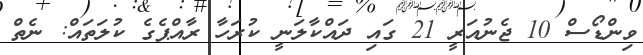
ވިންޑޯސް 10 ޖެނުއަރީ 21 ގައި ދައްކާލަނީ ކުރަހާ ރާއްޕެގެ ކުލަތައް: ނެތް